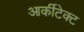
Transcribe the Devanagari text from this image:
आर्कीटेक्ट